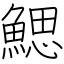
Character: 鰓